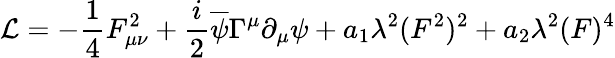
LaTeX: {\cal L}=-{\frac{1}{4}}F_{\mu\nu}^{2}+{\frac{i}{2}}\overline{{{\psi}}}\Gamma^{\mu}\partial_{\mu}\psi+a_{1}\lambda^{2}(F^{2})^{2}+a_{2}\lambda^{2}(F)^{4}